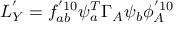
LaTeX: { \cal L } _ { Y } ^ { ' } = f _ { a b } ^ { ' 1 0 } \psi _ { a } ^ { T } \Gamma _ { A } \psi _ { b } \phi _ { A } ^ { ' 1 0 }